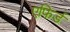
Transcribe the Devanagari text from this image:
एफ़िर्ड